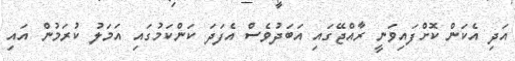
އަދި އެކަން ކޮށްފައިވަނީ ރާއްޖޭގައި އަބަދުވެސް އެފަދަ ކަންކަމުގައި އަމަލު ކުރަމުން އައި